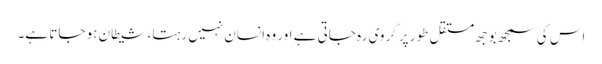
اس کی سمجھ بوجھ مستقل طور پر گروی رہ جاتی ہے اور وہ انسان نہیں رہتا، شیطان ہو جاتا ہے۔